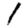
Digit: 1